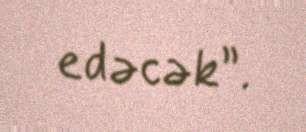
edəcək”.